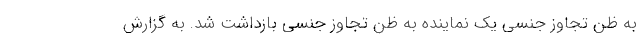
به ظن تجاوز جنسی یک نماینده به ظن تجاوز جنسی بازداشت شد. به گزارش